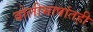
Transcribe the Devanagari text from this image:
बोलीभाषांतही